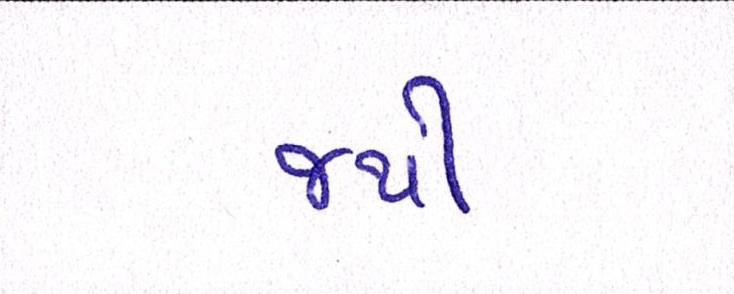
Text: જથી